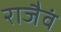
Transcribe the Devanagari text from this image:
राजैवं